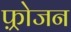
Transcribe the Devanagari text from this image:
फ़्रोजन